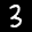
Label: 3